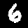
Label: 6